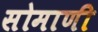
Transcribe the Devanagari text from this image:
सोमाणी